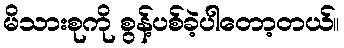
မိသားစုကို စွန့်ပစ်ခဲ့ပါတော့တယ်။